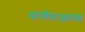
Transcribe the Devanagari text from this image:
संगीतआवड